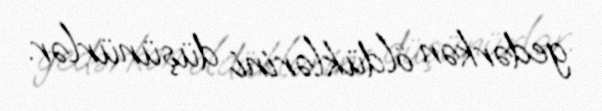
gedərkən öldüklərini düşünürlər.